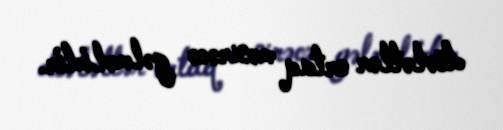
dövlətlər ortaq məxrəcə gəlməlidir.